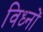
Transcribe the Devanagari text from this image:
विध्नों